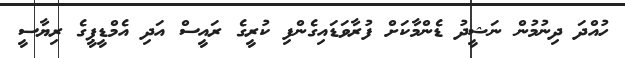
ހުއްދަ ދިނުމުން ނަޝީދު ޑެންމާކަށް ފުރާވަޑައިގެންފި ކުރީގެ ރައީސް އަދި އެމްޑީޕީގެ ރިޔާސީ